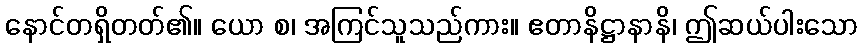
နောင်တရှိတတ်၏။ ယော စ၊ အကြင်သူသည်ကား။ ဧတာနိဋ္ဌာနာနိ၊ ဤဆယ်ပါးသော